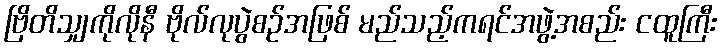
ဗြိတိသျှကိုလိုနီ ဗိုလ်လုပွဲစဉ်အဖြစ် မည်သည့်ကရင်အဖွဲ့အစည်း ငထူကြီး